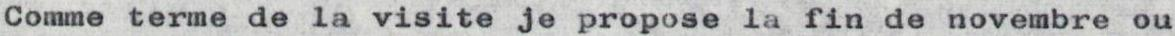
Comme terme de la visite je propose la fin de novembre ou